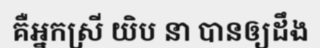
គឺអ្នកស្រី យិប នា បានឲ្យដឹង